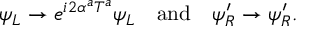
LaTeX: \psi _ { L } \to e ^ { i 2 \alpha ^ { a } T ^ { a } } \psi _ { L } \quad \mathrm { a n d } \quad \psi _ { R } ^ { \prime } \to \psi _ { R } ^ { \prime } .